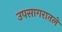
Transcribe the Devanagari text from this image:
उपसागरातले